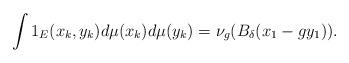
LaTeX: \begin{align*}\int 1_E(x_k,y_k)d\mu(x_k)d\mu(y_k)=\nu_g(B_{\delta}(x_1-gy_1)).\end{align*}